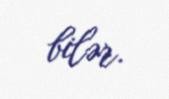
bilər.